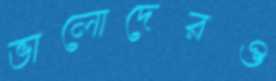
ভালোদেরও